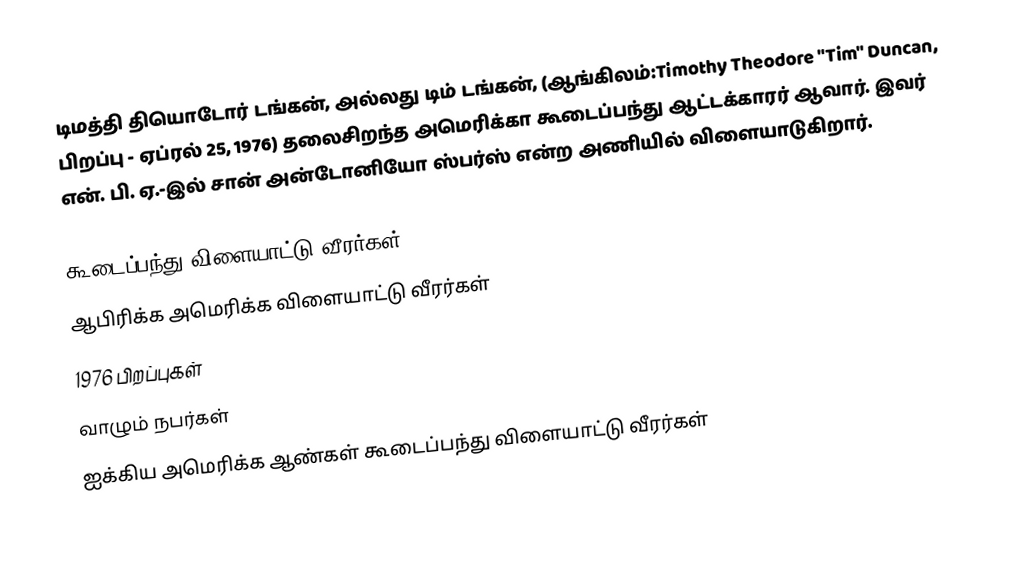
டிமத்தி தியொடோர் டங்கன், அல்லது டிம் டங்கன், (ஆங்கிலம்:Timothy Theodore "Tim" Duncan, பிறப்பு - ஏப்ரல் 25, 1976) தலைசிறந்த அமெரிக்கா கூடைப்பந்து ஆட்டக்காரர் ஆவார். இவர் என். பி. ஏ.-இல் சான் அன்டோனியோ ஸ்பர்ஸ் என்ற அணியில் விளையாடுகிறார்.

கூடைப்பந்து விளையாட்டு வீரர்கள்
ஆபிரிக்க அமெரிக்க விளையாட்டு வீரர்கள்
1976 பிறப்புகள்
வாழும் நபர்கள்
ஐக்கிய அமெரிக்க ஆண்கள் கூடைப்பந்து விளையாட்டு வீரர்கள்